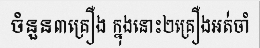
ចំនួន៣គ្រឿង ក្នុងនោះ២គ្រឿងអត់ចាំ